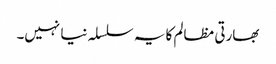
بھارتی مظالم کا یہ سلسلہ نیا نہیں۔